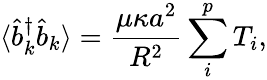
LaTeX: \langle\hat{b}_{k}^{\dagger}\hat{b}_{k}\rangle=\frac{\mu\kappa a^{2}}{R^{2}}\sum_{i}^{p}T_{i},